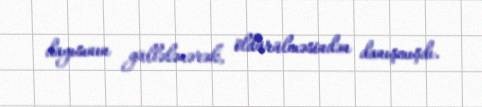
dayısının güllələnərək, öldürülməsindən danışmışdı.